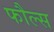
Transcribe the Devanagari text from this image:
फौल्स